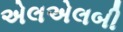
એલએલબી